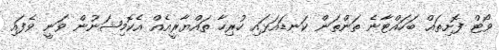
ވޯޓް ފޮށިތައް ބަހައްޓާނެ ތަންތަން ކަނޑައަޅައި ހުރިހާ ތައްޔާރީއެއް އެކޮމިޝަނުން ވަނީ ވެފައި